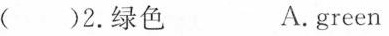
( )2.绿色 A.green